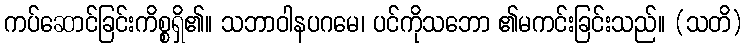
ကပ်ဆောင်ခြင်းကိစ္စရှိ၏။ သဘာဝါနပဂမေ၊ ပင်ကိုသဘော ၏မကင်းခြင်းသည်။ (သတိ)